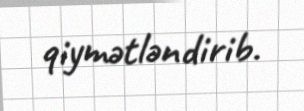
qiymətləndirib.